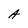
Character: A